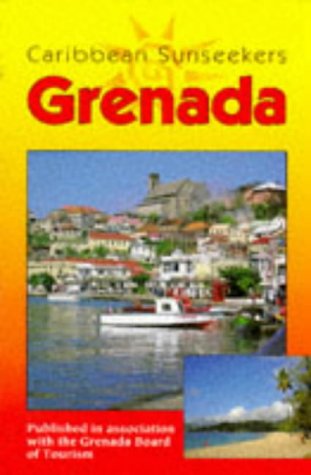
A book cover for Caribbean Sunseekers: Grenada (Caribbean Sunseekers); Don Philpott; Travel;